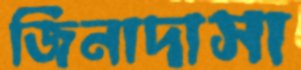
জিনাদাসা